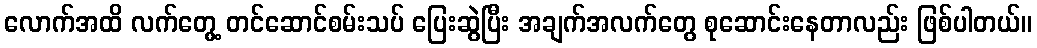
လောက်အထိ လက်တွေ့ တင်ဆောင်စမ်းသပ် ပြေးဆွဲပြီး အချက်အလက်တွေ စုဆောင်းနေတာလည်း ဖြစ်ပါတယ်။